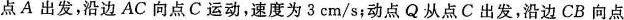
点A出发，沿边AC向点C运动，速度为3cm/s；动点Q从点C出发，沿边CB向点